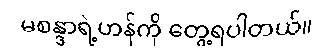
မစန္ဒာရဲ့ဟန်ကို တွေ့ရပါတယ်။